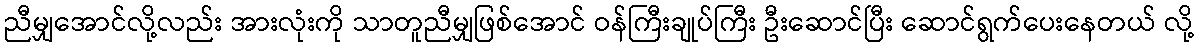
ညီမျှအောင်လို့လည်း အားလုံးကို သာတူညီမျှဖြစ်အောင် ဝန်ကြီးချုပ်ကြီး ဦးဆောင်ပြီး ဆောင်ရွက်ပေးနေတယ် လို့